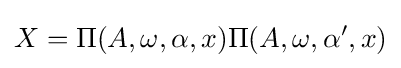
X=\Pi (A,\omega ,\alpha ,x)\Pi (A,\omega ,\alpha ',x)